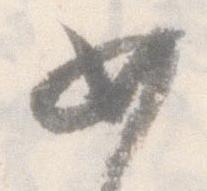
如